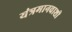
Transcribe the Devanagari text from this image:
यंत्रमानवाशी